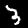
Digit: 3